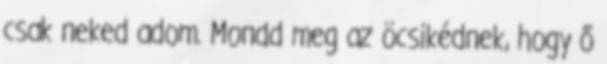
csak neked adom. Mondd meg az öcsikédnek, hogy ő